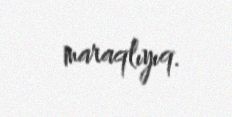
maraqlıyıq.